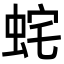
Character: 䖳